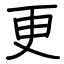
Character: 更